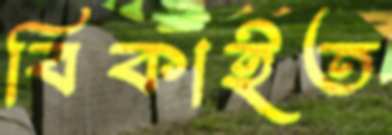
বিকাইত